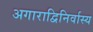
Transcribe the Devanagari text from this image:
अगाराद्विनिर्वास्य